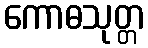
ကောဓသုတ္တ